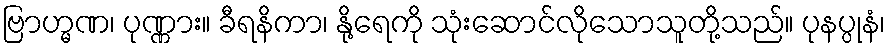
ဗြာဟ္မဏ၊ ပုဏ္ဏား။ ခီရနိကာ၊ နို့ရေကို သုံးဆောင်လိုသောသူတို့သည်။ ပုနပ္ပုနံ၊